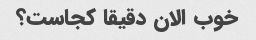
خوب الان دقیقا کجاست؟